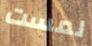
لمست